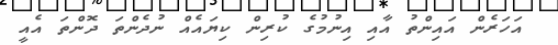
އަހަރެން އައިންތު އާއި އިނުމުގެ ކުރިން ކިޔައެއް ނުދެންތަ ދޮންތަ އެއީ